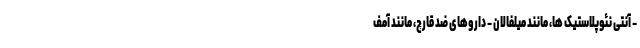
- آنتی نئوپلاستیک ها، مانند میلفالان - داروهای ضد قارچ، مانند آمف